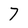
Character: 7